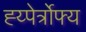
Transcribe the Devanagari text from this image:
ह्य्पेर्त्रोफ्य